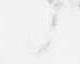
候